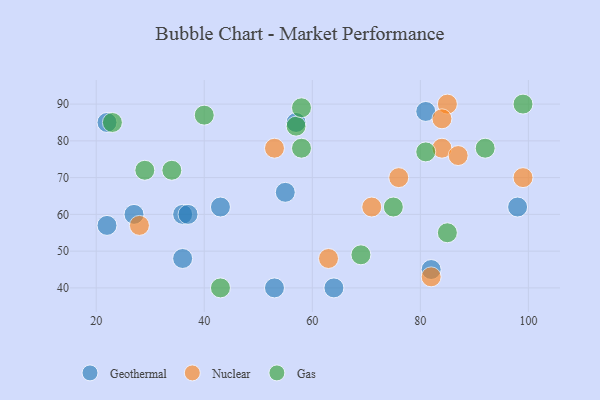
{"axis": {"x": "GDP", "y": "Life Expectancy"}, "legend": ["Gas", "Geothermal", "Nuclear"], "data": [{"x": "22", "y": 57, "type": "Geothermal"}, {"x": "64", "y": 40, "type": "Geothermal"}, {"x": "36", "y": 60, "type": "Geothermal"}, {"x": "22", "y": 85, "type": "Geothermal"}, {"x": "36", "y": 48, "type": "Geothermal"}, {"x": "57", "y": 85, "type": "Geothermal"}, {"x": "81", "y": 88, "type": "Geothermal"}, {"x": "37", "y": 60, "type": "Geothermal"}, {"x": "82", "y": 45, "type": "Geothermal"}, {"x": "55", "y": 66, "type": "Geothermal"}, {"x": "98", "y": 62, "type": "Geothermal"}, {"x": "43", "y": 62, "type": "Geothermal"}, {"x": "27", "y": 60, "type": "Geothermal"}, {"x": "53", "y": 40, "type": "Geothermal"}, {"x": "84", "y": 78, "type": "Nuclear"}, {"x": "71", "y": 62, "type": "Nuclear"}, {"x": "87", "y": 76, "type": "Nuclear"}, {"x": "85", "y": 90, "type": "Nuclear"}, {"x": "63", "y": 48, "type": "Nuclear"}, {"x": "84", "y": 86, "type": "Nuclear"}, {"x": "99", "y": 70, "type": "Nuclear"}, {"x": "53", "y": 78, "type": "Nuclear"}, {"x": "76", "y": 70, "type": "Nuclear"}, {"x": "82", "y": 43, "type": "Nuclear"}, {"x": "28", "y": 57, "type": "Nuclear"}, {"x": "40", "y": 87, "type": "Gas"}, {"x": "75", "y": 62, "type": "Gas"}, {"x": "81", "y": 77, "type": "Gas"}, {"x": "69", "y": 49, "type": "Gas"}, {"x": "58", "y": 78, "type": "Gas"}, {"x": "43", "y": 40, "type": "Gas"}, {"x": "57", "y": 84, "type": "Gas"}, {"x": "99", "y": 90, "type": "Gas"}, {"x": "29", "y": 72, "type": "Gas"}, {"x": "92", "y": 78, "type": "Gas"}, {"x": "23", "y": 85, "type": "Gas"}, {"x": "58", "y": 89, "type": "Gas"}, {"x": "85", "y": 55, "type": "Gas"}, {"x": "34", "y": 72, "type": "Gas"}]}